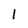
Character: 1